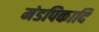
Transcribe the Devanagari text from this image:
मंडपिकादि